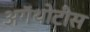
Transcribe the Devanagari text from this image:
अगॅथोटीस